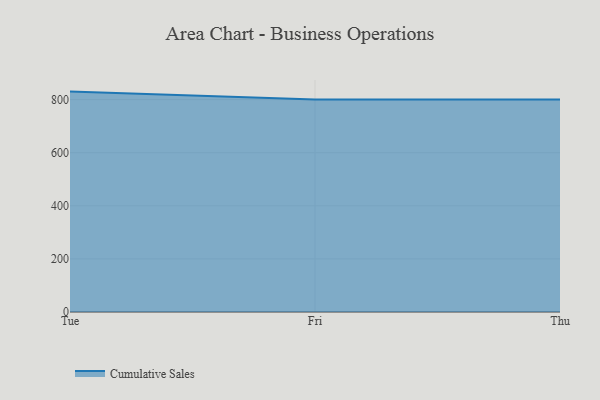
{"axis": {"x": "Day", "y": "Bounce Rate (%)"}, "legend": ["Cumulative Sales"], "data": [{"x": "Tue", "y": 830.1, "type": "Cumulative Sales"}, {"x": "Fri", "y": 800, "type": "Cumulative Sales"}, {"x": "Thu", "y": 800, "type": "Cumulative Sales"}]}